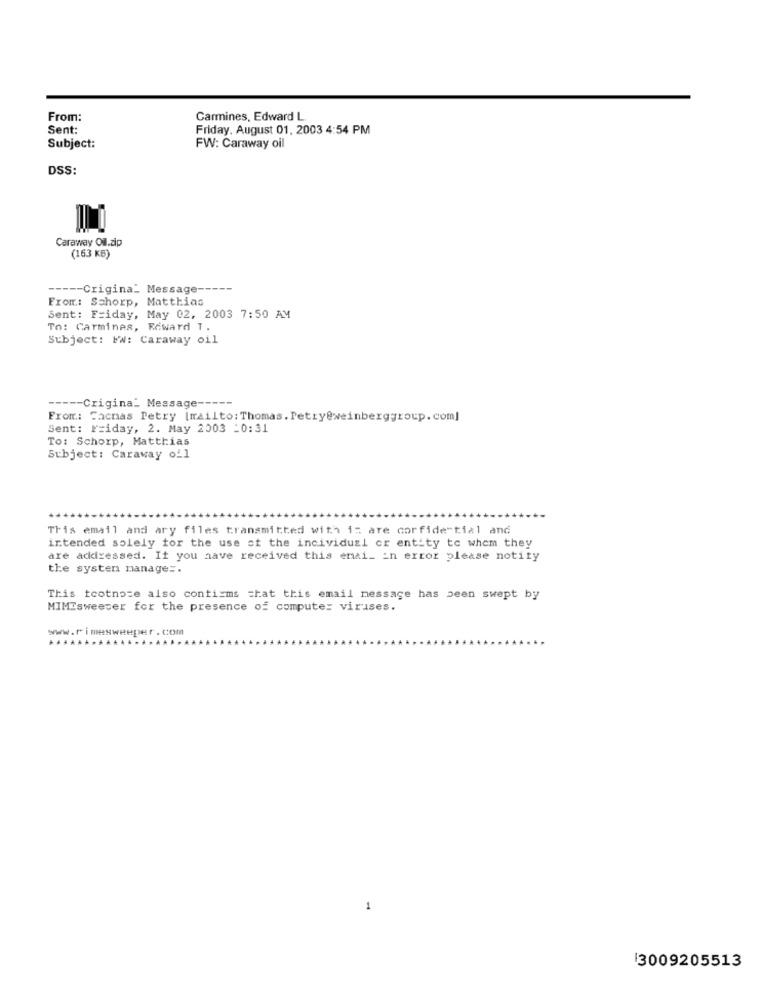
From:
Carmines, Edward L.
Sent:
Friday, August 01, 2003 4:54 PM
Subject:
FW: Caraway oil
DSS:
Caraway Oil.zip
(163 KB)
----- Crigina_ Message -----
From: Schorp, Matthias
Sent: Friday, May 02, 2003 7:50 AM
To: Carmines, Reward T.
Subject: FW: Caraway oil
----- Crigina_ Message -----
From: Sacnas Petry [mailto: Thomas. Petry@weinberggroup. com]
Sent: Friday, 2. May 2003 -0:31
To: Schorp, Matthias
Subject: Caraway oil
This email and ary files transmitted with it are corfide tial and
intended solely for the use ct the incividuzi or entity to whom they
are addressed. If you have received this email in error please notify
the systen manage =.
This tootnote also confirms that this email message has been swept by
MIMEsweeter for the presence of computer viruses.
www.rimesweeper.com
...*******......
1
3009205513